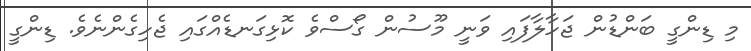
މި ޑިންގީ ބަންޑުން ޖަހާލާފައި ވަނީ މޫސުން ގޯސްވެ ކޮޅިގަނޑެއްގައި ޖެހިގެންނެވެ. ޑިންގީ